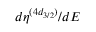
{ d \eta ^ { ( 4 d _ { 3 / 2 } ) } } / { d E }